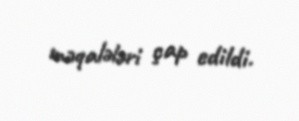
məqalələri çap edildi.